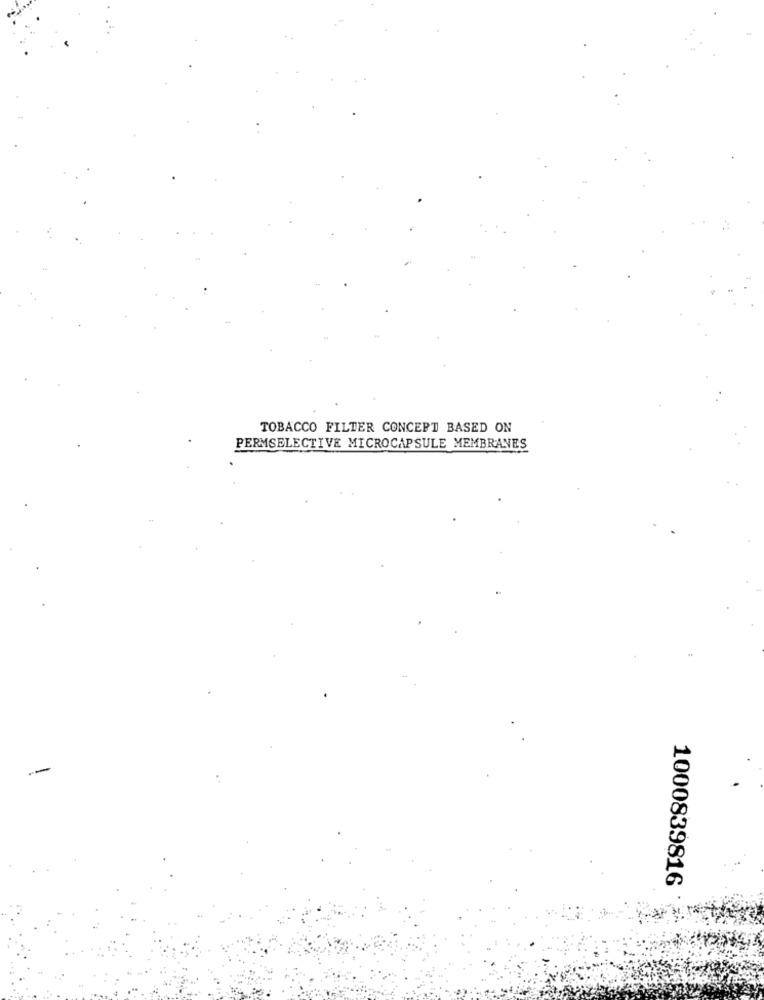
TOBACCO FILTER CONCEPT BASED ON
PERMSELECTIVE MICROCAPSULE MEMBRANES
--
1000839816